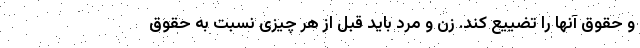
و حقوق آنها را تضییع کند. زن و مرد باید قبل از هر چیزی نسبت به حقوق